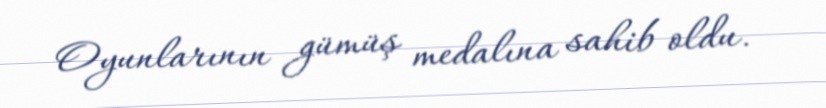
Oyunlarının gümüş medalına sahib oldu.